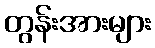
တွန်းအားများ